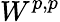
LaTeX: W^{p,p}